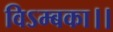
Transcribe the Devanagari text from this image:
विऽम्बका।।